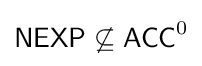
{\mathsf {NEXP}}\not \subseteq {\mathsf {ACC}}^{0}